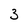
Character: 3